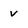
Character: v